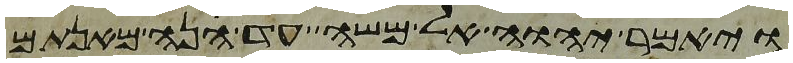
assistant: ויאמר יהוה אל משה עד הנה מאנתם